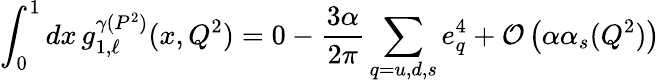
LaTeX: \int_{0}^{1}dx\, g_{1,\ell}^{\gamma(P^{2})}(x,Q^{2})=0-\frac{3\alpha}{2\pi}\sum_{q=u,d,s}e_{q}^{4}+{\cal{O}}\left(\alpha\alpha_{s}(Q^{2})\right)